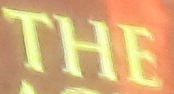
THE